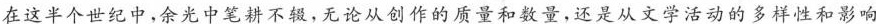
在这半个世纪中，余光中笔耕不辍，无论从创作的质量和数量，还是从文学活动的多样性和影响